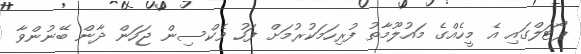
ޕޯޓަލްގައި އެ މީހެއްގެ މައުލޫމާތު ފުރިހަމަކުރުމަށް ފަހު ވެކްސިން ޖަހަން ދާން ބޭނުންވާ